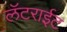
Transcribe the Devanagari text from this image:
लॅटराईट